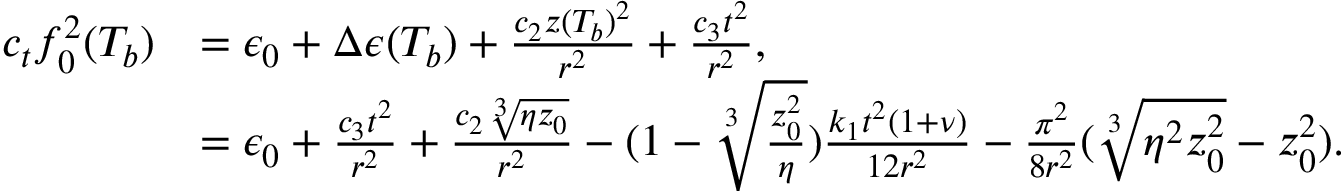
\begin{array} { r l } { c _ { t } f _ { 0 } ^ { 2 } ( T _ { b } ) } & { = \epsilon _ { 0 } + \Delta \epsilon ( T _ { b } ) + \frac { c _ { 2 } z ( T _ { b } ) ^ { 2 } } { r ^ { 2 } } + \frac { c _ { 3 } t ^ { 2 } } { r ^ { 2 } } , } \\ & { = \epsilon _ { 0 } + \frac { c _ { 3 } t ^ { 2 } } { r ^ { 2 } } + \frac { c _ { 2 } \sqrt [ 3 ] { \eta z _ { 0 } } } { r ^ { 2 } } - ( 1 - \sqrt [ 3 ] { \frac { z _ { 0 } ^ { 2 } } { \eta } } ) \frac { k _ { 1 } t ^ { 2 } ( 1 + \nu ) } { 1 2 r ^ { 2 } } - \frac { \pi ^ { 2 } } { 8 r ^ { 2 } } ( \sqrt [ 3 ] { \eta ^ { 2 } z _ { 0 } ^ { 2 } } - z _ { 0 } ^ { 2 } ) . } \end{array}